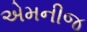
એમનીજ